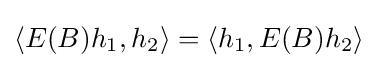
\langle E(B)h_{1},h_{2}\rangle =\langle h_{1},E(B)h_{2}\rangle